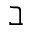
\beth